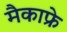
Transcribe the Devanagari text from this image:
मैकाफ्रे